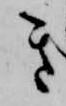
き